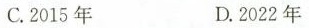
C.2015年 D.2022年